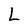
Character: L